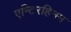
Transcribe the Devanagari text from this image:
एन्टिरहिनम